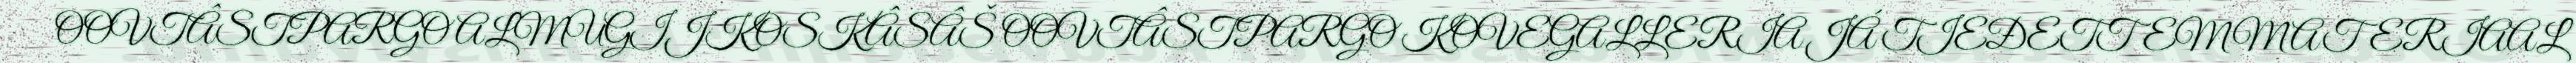
OOVTÂSTPARGO ALMUGIJKOSKÂSÂŠ OOVTÂSTPARGO KOVEGALLERIA JÁ TIEĐETTEMMATERIAAL